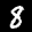
Label: 8